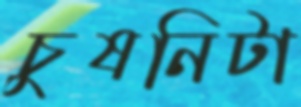
চুষনিটা